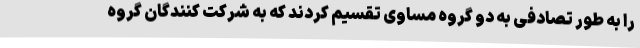
را به طور تصادفی به دو گروه مساوی تقسیم کردند که به شرکت کنندگان گروه